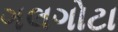
ગલગોટા